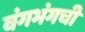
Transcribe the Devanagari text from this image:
वंगभंगची